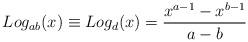
LaTeX: \begin{align*}Log_{ab}(x)\equiv Log_{d}(x)=\frac{x^{a-1}-x^{b-1}}{a-b}\end{align*}